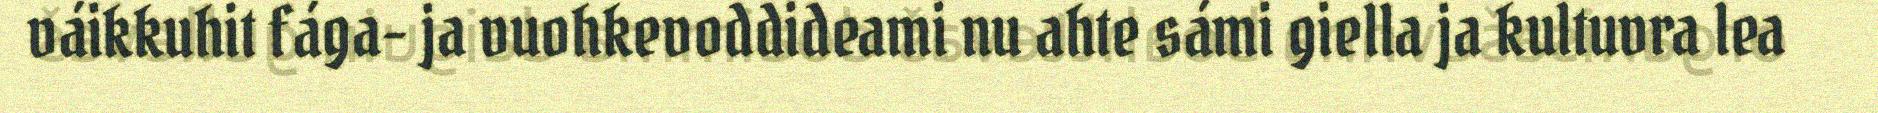
váikkuhit fága- ja vuohkevoddideami nu ahte sámi giella ja kultuvra lea